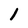
Character: l